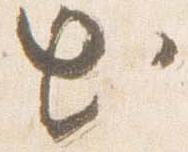
出